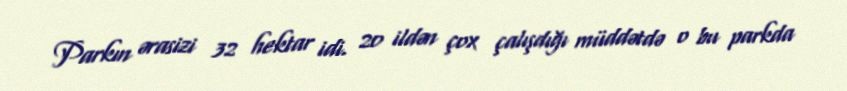
Parkın ərasizi 32 hektar idi. 20 ildən çox çalışdığı müddətdə o bu parkda